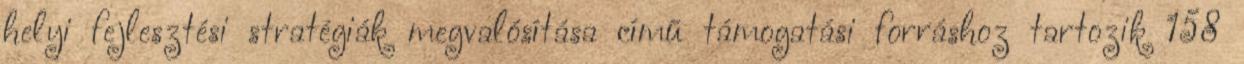
helyi fejlesztési stratégiák megvalósítása című támogatási forráshoz tartozik 158